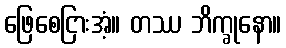
ဖြေစေငြားအံ့။ တဿ ဘိက္ခုနော။